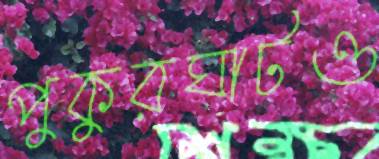
পুকুরঘাটও